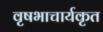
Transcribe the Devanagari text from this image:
वृषभाचार्यकृत